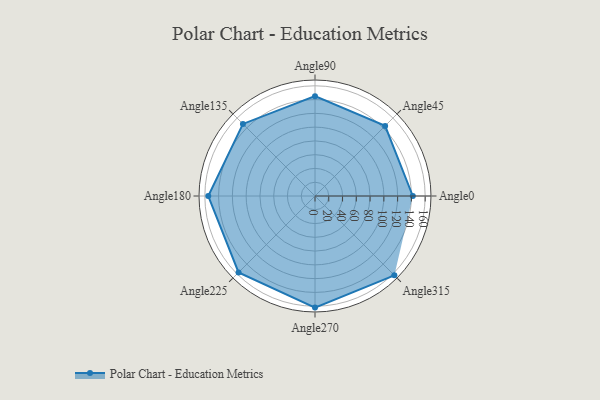
{"axis": {"x": "Angle", "y": "Radius"}, "legend": [""], "data": [{"x": "Angle0", "y": 142.0, "type": ""}, {"x": "Angle45", "y": 144.0, "type": ""}, {"x": "Angle90", "y": 145.0, "type": ""}, {"x": "Angle135", "y": 148.0, "type": ""}, {"x": "Angle180", "y": 155.0, "type": ""}, {"x": "Angle225", "y": 157.0, "type": ""}, {"x": "Angle270", "y": 162.0, "type": ""}, {"x": "Angle315", "y": 163.0, "type": ""}]}